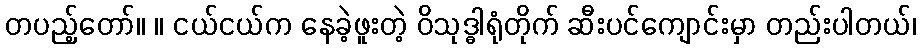
တပည့်တော်။ ။ ငယ်ငယ်က နေခဲ့ဖူးတဲ့ ဝိသုဒ္ဓါရုံတိုက် ဆီးပင်ကျောင်းမှာ တည်းပါတယ်၊